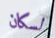
لسكان